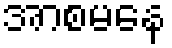
အာစမနေ